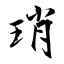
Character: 琑